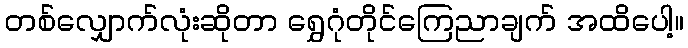
တစ်လျှောက်လုံးဆိုတာ ရွှေဂုံတိုင်ကြေညာချက် အထိပေါ့။